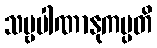
သဗ္ဗပါဏာနုကမ္ပတိ